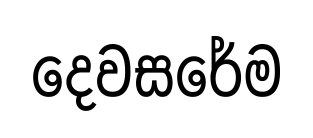
දෙවසරේම